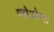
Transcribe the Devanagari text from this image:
ग्लोओन्स